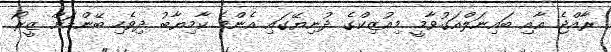
ރާއްޖެ އާއި ބައިނަލްއަގުވާމީ މިއުޒިކްގެ ދުނިޔޭގައި އެންމެ ކާމިޔާބު ދިވެހި ބޭންޑަށް ޒީރޯ